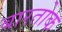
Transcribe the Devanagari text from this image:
बारतोक